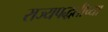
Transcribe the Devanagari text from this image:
राज्यपद्धतीच्या